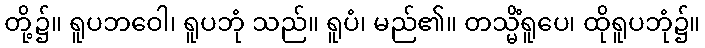
တို့၌။ ရူပဘဝေါ၊ ရူပဘုံ သည်။ ရူပံ၊ မည်၏။ တသ္မိံရူပေ၊ ထိုရူပဘုံ၌။